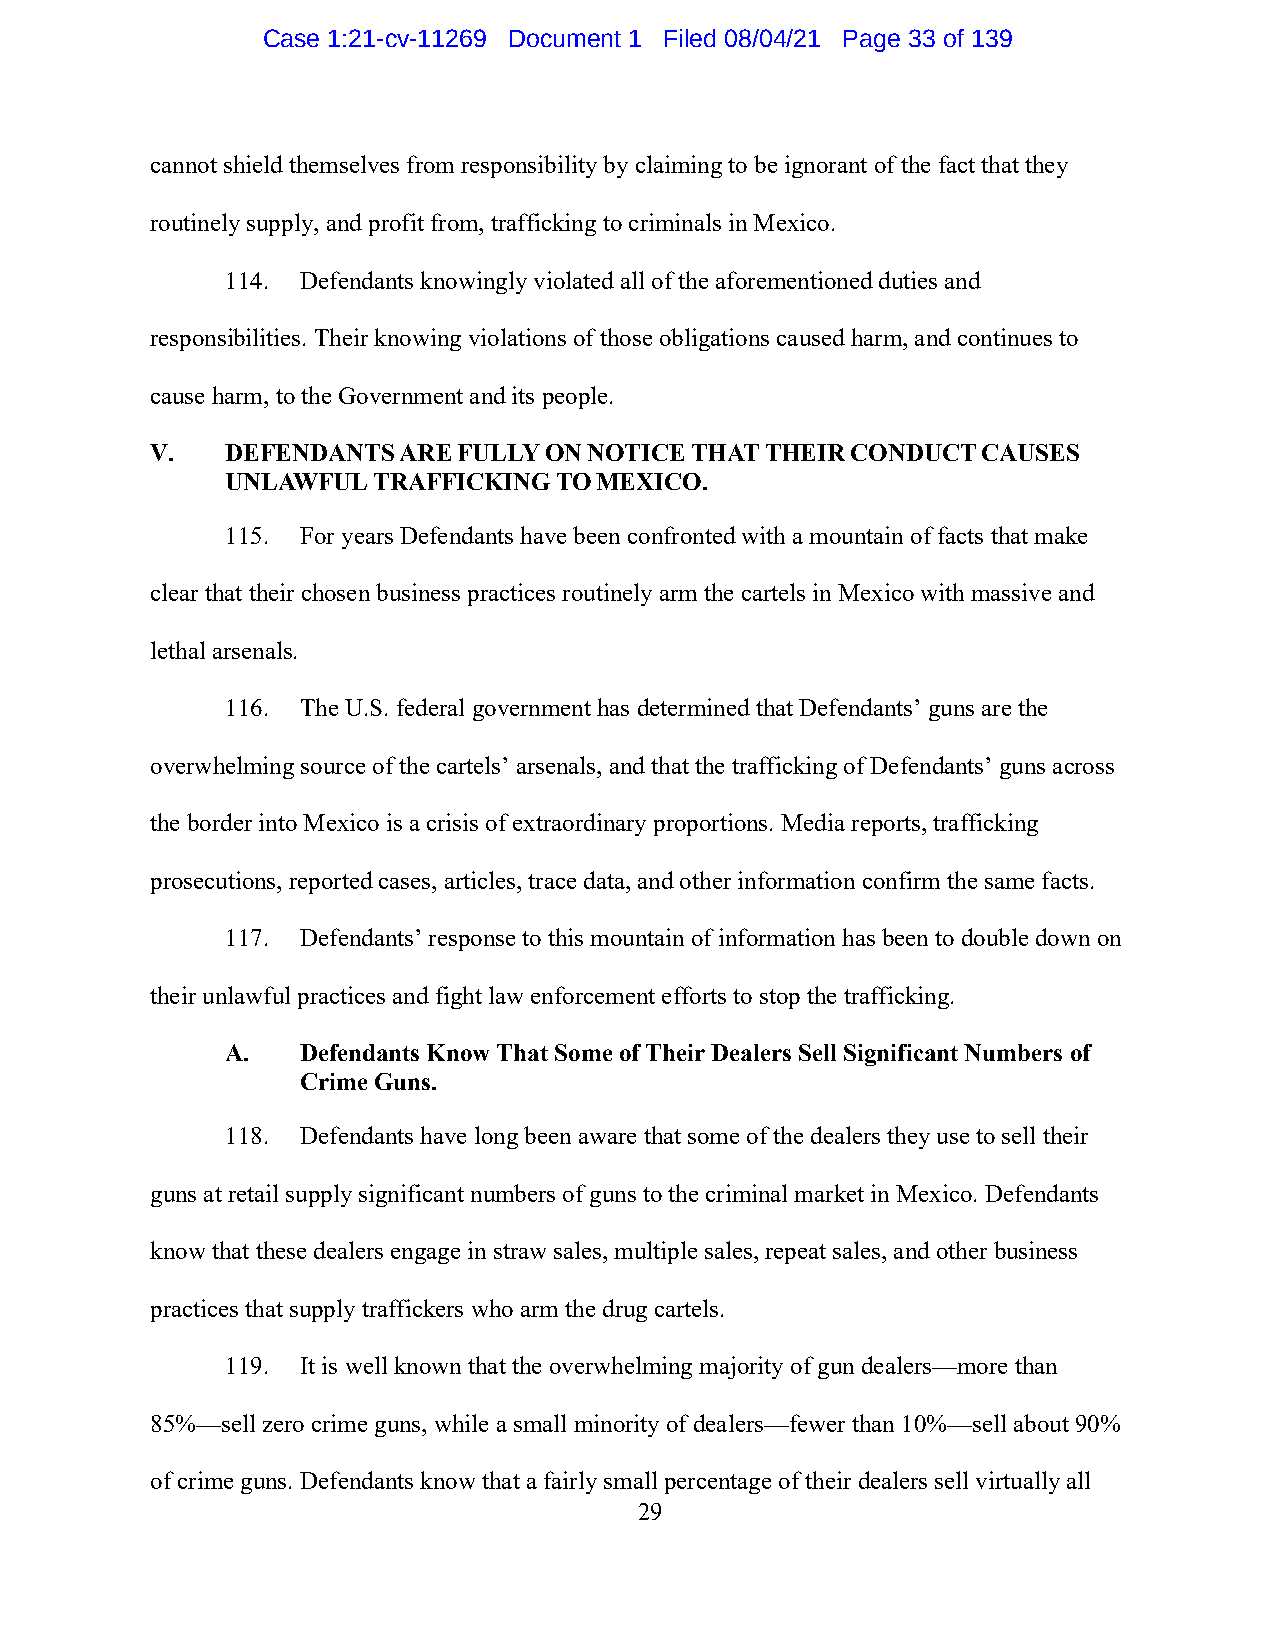
Case 1:21-cv-11269 Document 1 Filed 08/04/21 Page 33 of 139
 cannot shield themselves from responsibility by claiming to be ignorant of the fact that they
 routinely supply, and profit from, trafficking to criminals in Mexico.
 114. Defendants knowingly violated all of the aforementioned duties and
 responsibilities. Their knowing violations of those obligations caused harm, and continues to
 cause harm, to the Government and its people.
 V.   DEFENDANTS ARE FULLY ON NOTICE THAT THEIR CONDUCT CAUSES
 UNLAWFUL  TRAFFICKING TO MEXICO.
 115. For years Defendants have been confronted with a mountain of facts that make
 clear that their chosen business practices routinely arm the cartels in Mexico with massive and
 lethal arsenals.
 116. The U.S. federal government has determined that Defendants’ guns are the
 overwhelming source of the cartels’ arsenals, and that the trafficking of Defendants’ guns across
 the border into Mexico is a crisis of extraordinary proportions. Media reports, trafficking
 prosecutions, reported cases, articles, trace data, and other information confirm the same facts.
 117. Defendants’ response to this mountain of information has been to double down on
 their unlawful practices and fight law enforcement efforts to stop the trafficking.
 A.   Defendants Know That Some of Their Dealers Sell Significant Numbers of
 Crime Guns.
 118. Defendants have long been aware that some of the dealers they use to sell their
 guns at retail supply significant numbers of guns to the criminal market in Mexico. Defendants
 know that these dealers engage in straw sales, multiple sales, repeat sales, and other business
 practices that supply traffickers who arm the drug cartels.
 119. It is well known that the overwhelming majority of gun dealers—more than
 85%—sell zero crime guns, while a small minority of dealers—fewer than 10%—sell about 90%
 of crime guns. Defendants know that a fairly small percentage of their dealers sell virtually all
 29